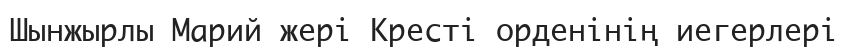
Шынжырлы Марий жері Кресті орденінің иегерлері